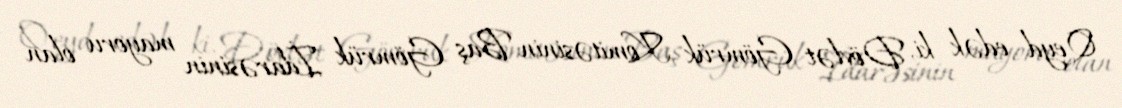
Qeyd edək ki, Dövlət Gömrük Komitəsinin Baş Gömrük İdarəsinin mayoru olan